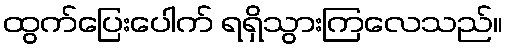
ထွက်ပြေးပေါက် ရရှိသွားကြလေသည်။